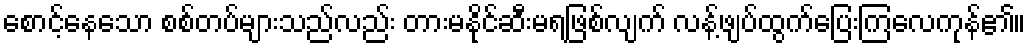
စောင့်နေသော စစ်တပ်များသည်လည်း တားမနိုင်ဆီးမရဖြစ်လျက် လန့်ဖျပ်ထွက်ပြေးကြလေကုန်၏။